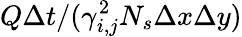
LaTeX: Q\Delta t/(\gamma_{i,j}^{2}N_{s}\Delta x\Delta y)